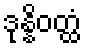
ဒုန္နိဝတ္ထံ